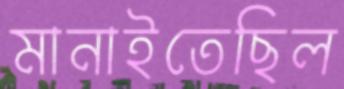
মানাইতেছিল